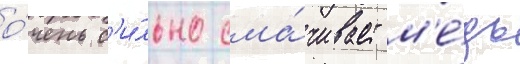
о́чень с'и́льно сма́чивает м'е́дь